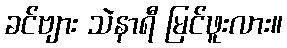
ခင်ဗျား သဲနာရီ မြင်ဖူးလား။